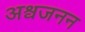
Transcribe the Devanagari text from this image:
अश्वजनन